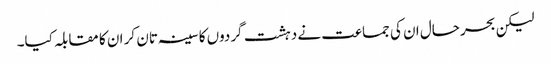
لیکن بحرحال ان کی جماعت نے دہشت گردوں کا سینہ تان کر ان کا مقابلہ کیا۔